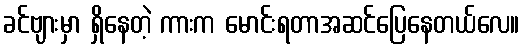
ခင်ဗျားမှာ ရှိနေတဲ့ ကားက မောင်းရတာအဆင်ပြေနေတယ်လေ။